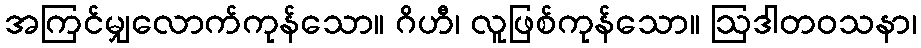
အကြင်မျှလောက်ကုန်သော။ ဂိဟီ၊ လူဖြစ်ကုန်သော။ ဩဒါတဝသနာ၊